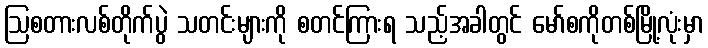
ဩစတားလစ်တိုက်ပွဲ သတင်းများကို စတင်ကြားရ သည့်အခါတွင် မော်စကိုတစ်မြို့လုံးမှာ